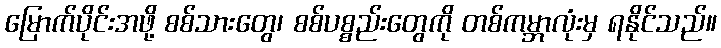
မြောက်ပိုင်းအဖို့ စစ်သားတွေ၊ စစ်ပစ္စည်းတွေကို တစ်ကမ္ဘာလုံးမှ ရနိုင်သည်။